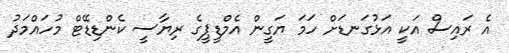
އެ ރައިސް އަކީ އަޅުގަނޑަށް ހަމަ ޔަގީން އެމްޑީޕީގެ ރިޔާސީ ކެންޑިޑޭޓް މުހައްމަދު